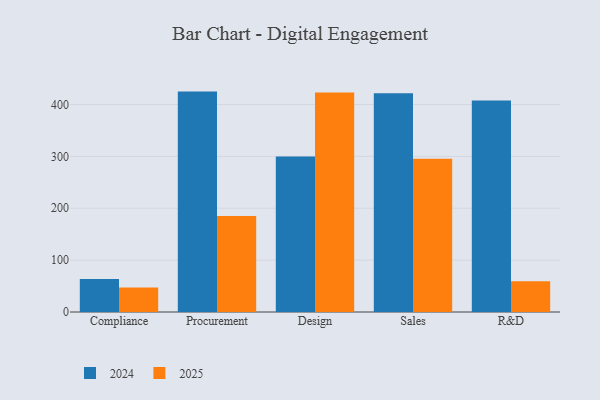
{"axis": {"x": "Department", "y": "Customer Acquisition Cost (USD)"}, "legend": ["2024", "2025"], "data": [{"x": "Compliance", "y": 47.4, "type": "2025"}, {"x": "Compliance", "y": 63.6, "type": "2024"}, {"x": "Procurement", "y": 185.2, "type": "2025"}, {"x": "Procurement", "y": 424.9, "type": "2024"}, {"x": "Design", "y": 423.3, "type": "2025"}, {"x": "Design", "y": 299.6, "type": "2024"}, {"x": "Sales", "y": 295.6, "type": "2025"}, {"x": "Sales", "y": 421.9, "type": "2024"}, {"x": "R&D", "y": 59.3, "type": "2025"}, {"x": "R&D", "y": 407.8, "type": "2024"}]}